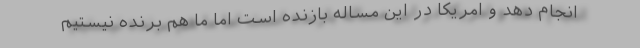
انجام دهد و امریکا در این مساله بازنده است اما ما هم برنده نیستیم